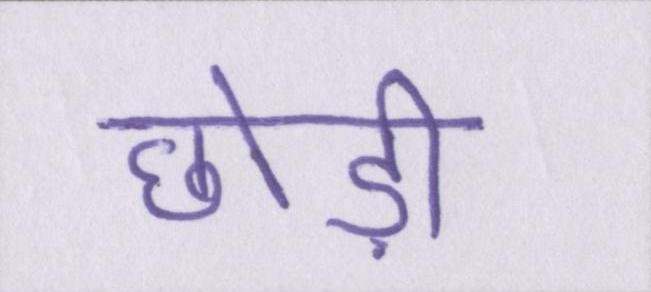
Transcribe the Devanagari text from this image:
छोड़ी